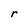
Character: r